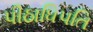
પીઠાધિપતિ